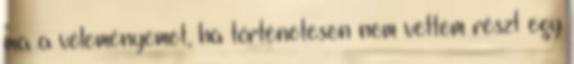
ma a véleményemet, ha történetesen nem vettem részt egy